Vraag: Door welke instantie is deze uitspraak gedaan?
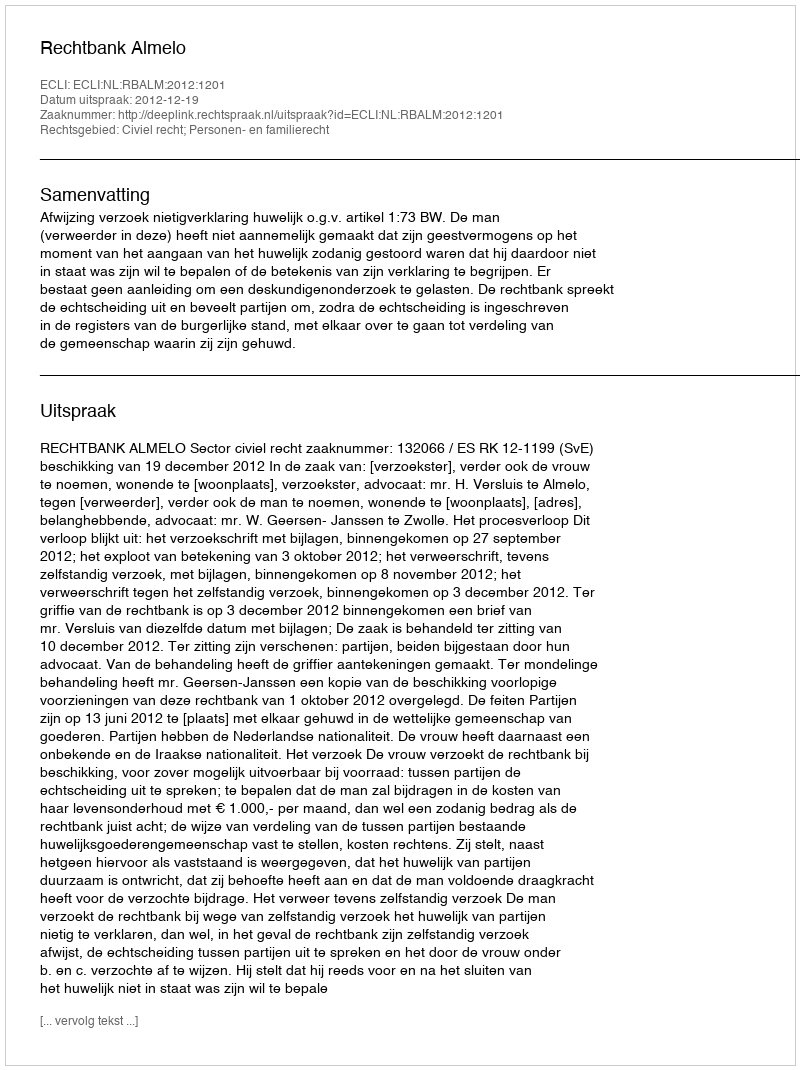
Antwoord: Rechtbank Almelo